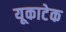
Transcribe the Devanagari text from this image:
यूकाटेक